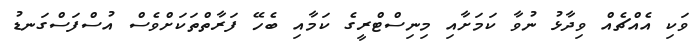
ވަކި އެއްޗެއް ވިދާޅު ނުވާ ކަމަށާއި މިނިސްޓްރީގެ ކަމާއި ބެހޭ ފަރާތްތަކަށްވެސް އުސްފަސްގަނޑު